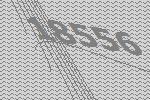
18556